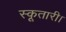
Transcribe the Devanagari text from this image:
स्कूतारी।